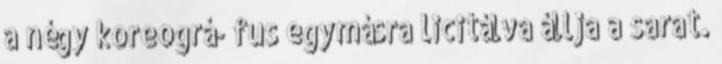
a négy koreográ- fus egymásra licitálva állja a sarat.